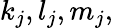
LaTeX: k_{j},l_{j},m_{j},